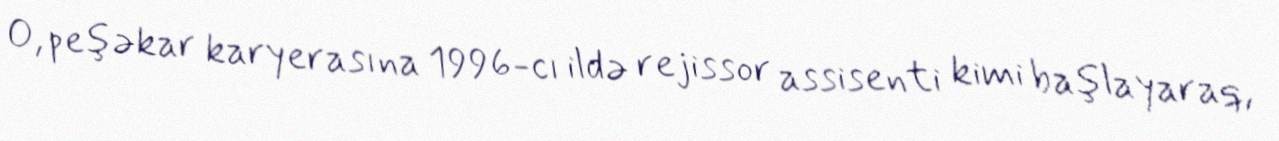
O, peşəkar karyerasına 1996-cı ildə rejissor assisenti kimi başlayaraq,